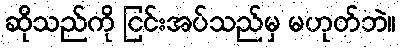
ဆိုသည်ကို ငြင်းအပ်သည်မှ မဟုတ်ဘဲ။